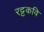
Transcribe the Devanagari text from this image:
रट्टकवि